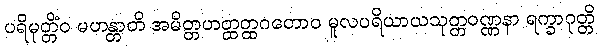
ပရိမုတ္တိံဝ မဟန္တာတိ အမိတ္တဟတ္ထတ္ထဂတောဝ မူလပရိယာယသုတ္တဝဏ္ဏနာ ရက္ခာဂုတ္တိ